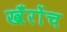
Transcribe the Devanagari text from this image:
खँरोंच